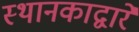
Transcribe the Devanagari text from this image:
स्थानकाद्वारे